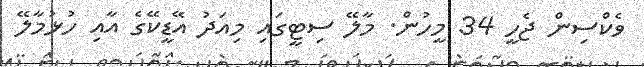
ވެކްސިން ޖެހީ 34 މީހުން. މާލޭ ސިޓީގައި މިއަދު އޭޑީކޭގެ އާއި ހުޅުމާލޭ